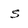
Character: S